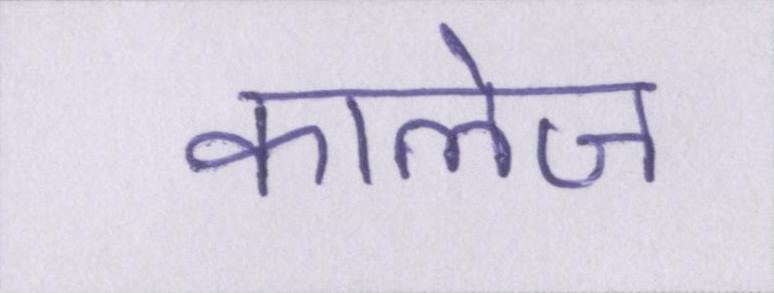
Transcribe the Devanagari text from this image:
कालेज